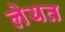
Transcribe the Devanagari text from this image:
लेयत